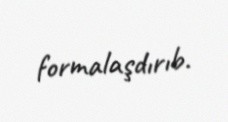
formalaşdırıb.